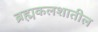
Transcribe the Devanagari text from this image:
ब्रह्मकलशातील